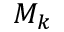
M _ { k }